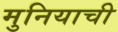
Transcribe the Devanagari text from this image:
मुनियाची